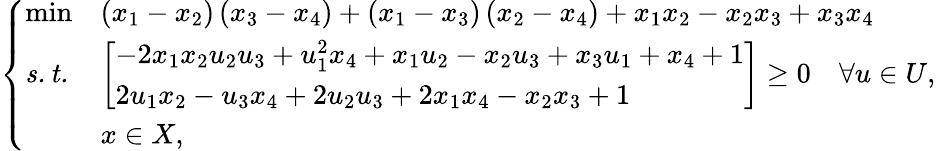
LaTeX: \left\{ \begin{array}{lll}{\operatorname*{min}}&{\left(x_{1}-x_{2}\right)\left(x_{3}-x_{4}\right)+\left(x_{1}-x_{3}\right)\left(x_{2}-x_{4}\right)+x_{1}x_{2}-x_{2}x_{3}+x_{3}x_{4}}\\ {\mathit{s.t.}}&{\left[\begin{array}{l}{-2x_{1}x_{2}u_{2}u_{3}+u_{1}^{2}x_{4}+x_{1}u_{2}-x_{2}u_{3}+x_{3}u_{1}+x_{4}+1}\\ {2u_{1}x_{2}-u_{3}x_{4}+2u_{2}u_{3}+2x_{1}x_{4}-x_{2}x_{3}+1}\end{array}\right]\geq 0\quad\forall u\in U,}\\ &{x\in X,}\end{array}\right.